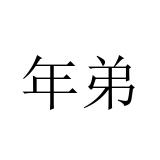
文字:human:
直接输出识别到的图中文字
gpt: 年弟